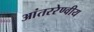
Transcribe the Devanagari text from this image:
आंतररेण्वीय